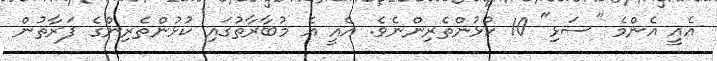
އެއީ އެންމެ "ސަޅި" 10 ކުޅުންތެރިންނެވެ. އެއީ އެ މުބާރާތުގައި ކުޅުންތެރިންގެ ފަރާތުން